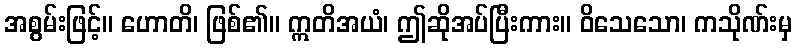
အစွမ်းဖြင့်။ ဟောတိ၊ ဖြစ်၏။ ဣတိအယံ၊ ဤဆိုအပ်ပြီးကား။ ဝိသေသော၊ ကသိုဏ်းမှ